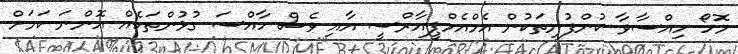
މޮހޯ ހިއްސާވާ ކުންފުނިތަކުން އެމްއެމްޕީއާރްސީ އާއި ވެސް ހާއްސަ ގުޅުންތަކެއް އޮންނަ ކަމަށް